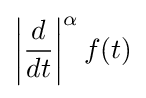
\left|{\frac {d}{dt}}\right|^{\alpha }f(t)